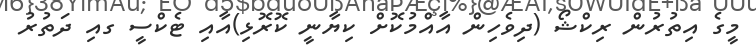
މީގެ އިތުރުން ރިކްޝޯ (ދިވެހިން އާއްމުކޮށް ކިޔާނީ ކޮރޮޅި)އާއި ޓެކްސީ ގއި ދަތުރު